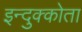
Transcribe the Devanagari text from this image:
इन्दुक्कोता